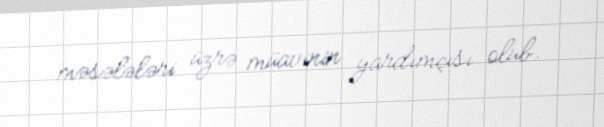
məsələləri üzrə müavinin yardımçısı olub.